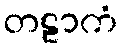
တဠာကံ